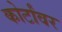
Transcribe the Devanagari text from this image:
कोर्टांवर